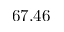
6 7 . 4 6